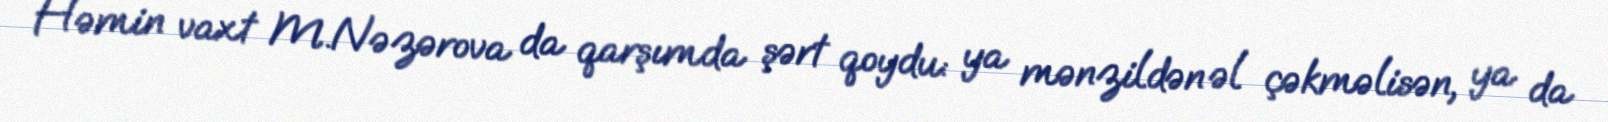
Həmin vaxt M.Nəzərova da qarşımda şərt qoydu: ya mənzildən əl çəkməlisən, ya da